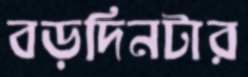
বড়দিনটার